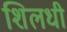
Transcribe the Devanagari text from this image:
शिलधी